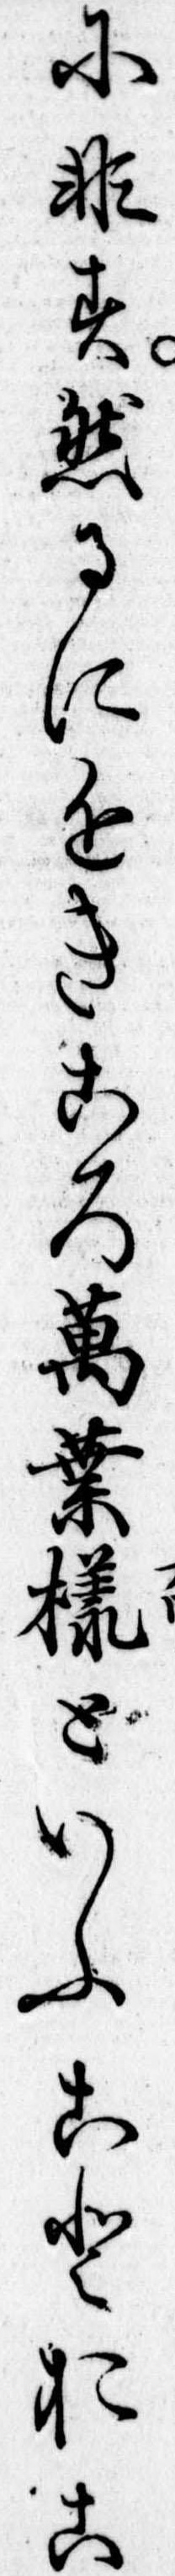
に非す然るに近きころ万葉様といふことおこ